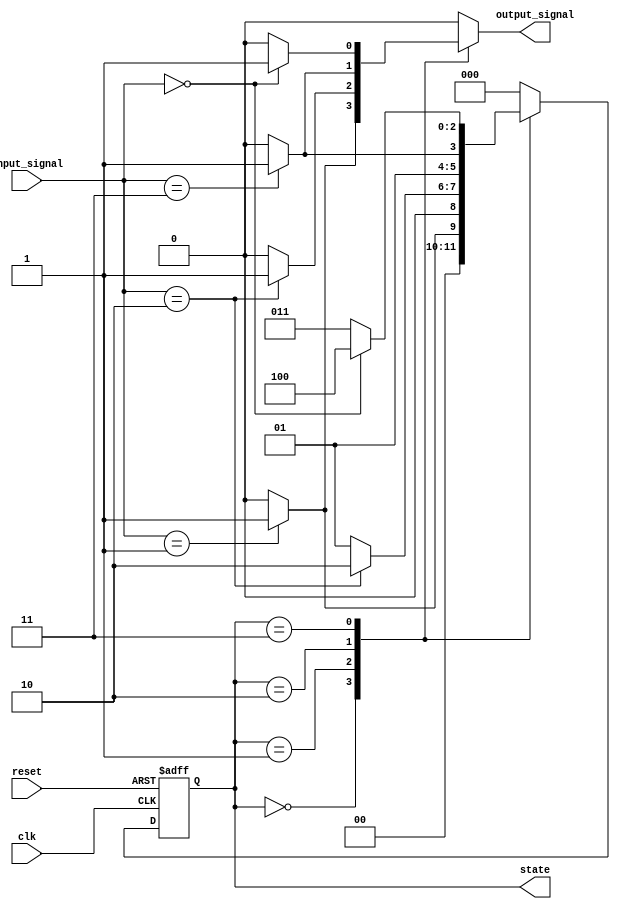
module MealyStateMachine #(
    parameter N = 3              // Number of bits for state encoding
)(
    input wire clk,              // Clock signal
    input wire reset,            // Reset signal
    input wire [1:0] input_signal, // Input signals affecting state and output
    output reg [N-1:0] state,    // Current state
    output reg output_signal      // Output signal from the state machine
);

// State encoding (define states as needed)
localparam S0 = 3'b000;
localparam S1 = 3'b001;
localparam S2 = 3'b010;
localparam S3 = 3'b011;
localparam S4 = 3'b100; // Add more states as needed up to 2^N - 1

// Next state logic
reg [N-1:0] next_state;

always @(*) begin
    case (state)
        S0: begin
            if (input_signal == 2'b01)
                next_state = S1;
            else
                next_state = S0;
        end
        S1: begin
            if (input_signal == 2'b10)
                next_state = S2;
            else
                next_state = S1;
        end
        S2: begin
            if (input_signal == 2'b11)
                next_state = S3;
            else
                next_state = S2;
        end
        S3: begin
            if (input_signal == 2'b00)
                next_state = S4;
            else
                next_state = S3;
        end
        S4: begin
            next_state = S0; // Loop back to S0 or define other transitions
        end
        default: next_state = S0; // Default state
    endcase
end

// Output logic - Mealy output (may change with inputs)
always @(*) begin
    case (state)
        S0: output_signal = (input_signal == 2'b01) ? 1 : 0;
        S1: output_signal = (input_signal == 2'b10) ? 1 : 0;
        S2: output_signal = (input_signal == 2'b11) ? 1 : 0;
        S3: output_signal = (input_signal == 2'b00) ? 1 : 0;
        S4: output_signal = 0; // Define other output conditions as needed
        default: output_signal = 0; // Default output
    endcase
end

// State register with reset
always @(posedge clk or posedge reset) begin
    if (reset) begin
        state <= S0; // Default state on reset
    end else begin
        state <= next_state; // Update state on clock edge
    end
end

endmodule